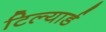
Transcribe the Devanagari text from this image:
टिल्यार्ड